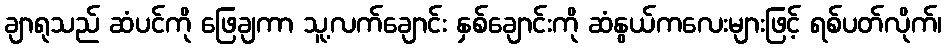
ချာရုသည် ဆံပင်ကို ဖြေချကာ သူ့လက်ချောင်း နှစ်ချောင်းကို ဆံနွယ်ကလေးများဖြင့် ရစ်ပတ်လိုက်၊